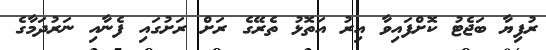
ރުފިޔާ ބަޖެޓު ކޮށްފައިވާ އިރު އަތޮޅު ތެރޭގެ ރަށް ރަށުގައި ފެނާއި ނަރުދަމާގެ